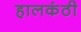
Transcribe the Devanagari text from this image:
हालकंठी